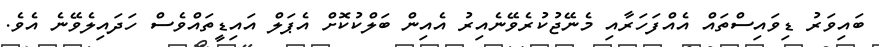
ބައިވަރު ޑިވައިސްތައް އެއްފަހަރާއި މެނޭޖުކުރެވޭނެއިރު އެއިން ބަލްކުކޮށް އެޕަލް އައިޑީތައްވެސް ހަދައިލެވޭނެ އެވެ.